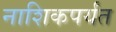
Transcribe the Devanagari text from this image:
नाशिकपर्यंत